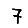
Digit: 7